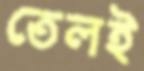
তেলই